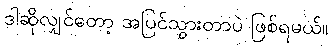
ဒါဆိုလျှင်တော့ အပြင်သွားတာပဲ ဖြစ်ရမယ်။